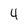
Character: 4